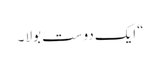
“ ایک دوست بولا ۔